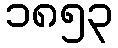
၁၈၅၃